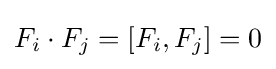
F_{i}\cdot F_{j}=[F_{i},F_{j}]=0